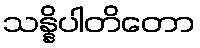
သန္နိပါတိတော